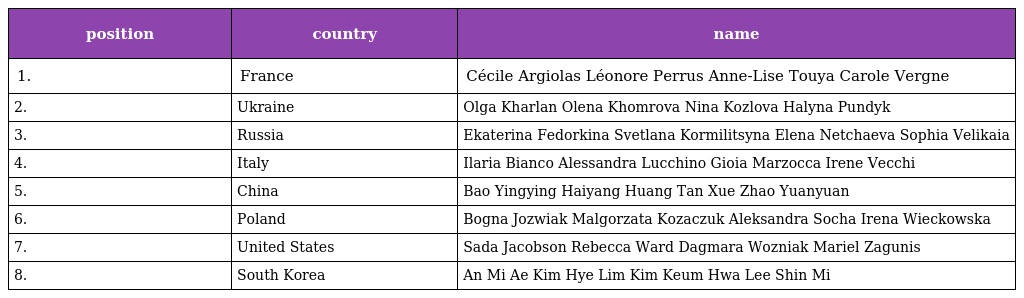
| position | country | name |
 | --- | --- | --- |
 | 1. | France | Cécile Argiolas Léonore Perrus Anne-Lise Touya Carole Vergne |
 | 2. | Ukraine | Olga Kharlan Olena Khomrova Nina Kozlova Halyna Pundyk |
 | 3. | Russia | Ekaterina Fedorkina Svetlana Kormilitsyna Elena Netchaeva Sophia Velikaia |
 | 4. | Italy | Ilaria Bianco Alessandra Lucchino Gioia Marzocca Irene Vecchi |
 | 5. | China | Bao Yingying Haiyang Huang Tan Xue Zhao Yuanyuan |
 | 6. | Poland | Bogna Jozwiak Malgorzata Kozaczuk Aleksandra Socha Irena Wieckowska |
 | 7. | United States | Sada Jacobson Rebecca Ward Dagmara Wozniak Mariel Zagunis |
 | 8. | South Korea | An Mi Ae Kim Hye Lim Kim Keum Hwa Lee Shin Mi |